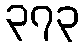
၃၇၃